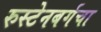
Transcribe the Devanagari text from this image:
रुस्टेनबर्गचा